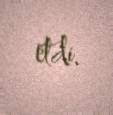
etdi.